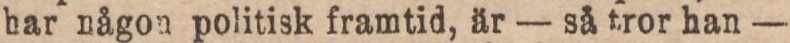
har någon politisk framtid, är — så tror han —